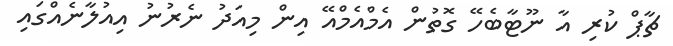
ޗާޕް ކުރި އާ ނޫޓާބެހޭ ގޮތުން އެމްއެމްއޭ އިން މިއަދު ނެރުނު އިއުލާނެއްގައި